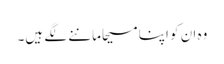
وہ ان کو اپنا مسیحا ماننے لگے ہیں۔